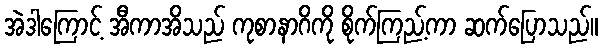
အဲဒါကြောင့် အီကာအိသည် ကုစာနာဂိကို စိုက်ကြည့်ကာ ဆက်ပြောသည်။